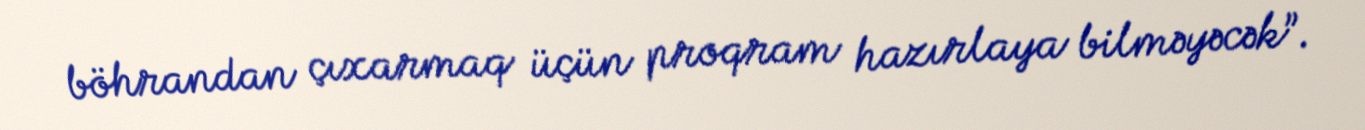
böhrandan çıxarmaq üçün proqram hazırlaya bilməyəcək”.